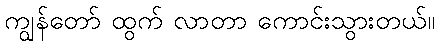
ကျွန်တော် ထွက် လာတာ ကောင်းသွားတယ်။